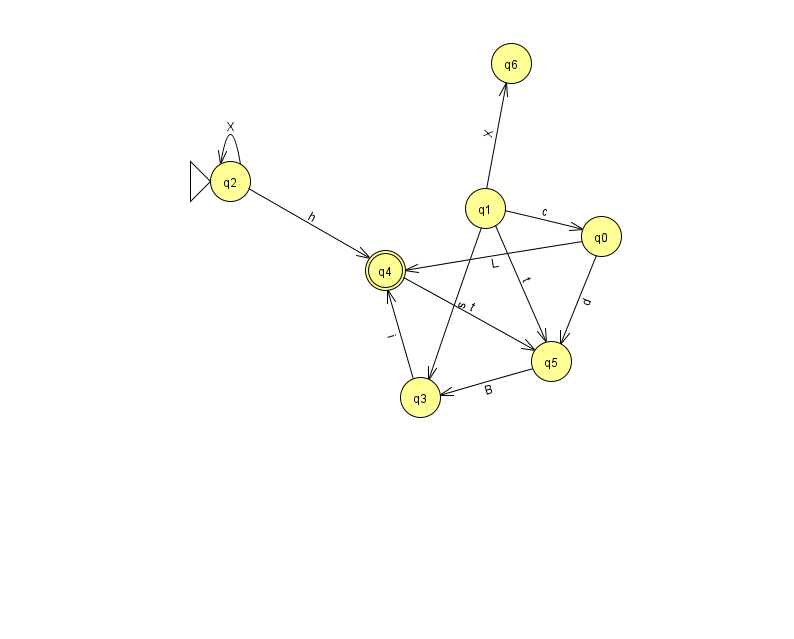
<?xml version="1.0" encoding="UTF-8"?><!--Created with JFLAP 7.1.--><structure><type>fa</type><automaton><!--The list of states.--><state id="0" name="q0"><x>601.0</x><y>223.0</y></state><state id="1" name="q1"><x>485.0</x><y>195.0</y></state><state id="2" name="q2"><x>230.0</x><y>168.0</y><initial/></state><state id="3" name="q3"><x>420.0</x><y>384.0</y></state><state id="4" name="q4"><x>385.0</x><y>257.0</y><final/></state><state id="5" name="q5"><x>551.0</x><y>348.0</y></state><state id="6" name="q6"><x>511.0</x><y>50.0</y></state><!--The list of transitions.--><transition><from>1</from><to>6</to><read>X</read></transition><transition><from>5</from><to>3</to><read>B</read></transition><transition><from>3</from><to>4</to><read>i</read></transition><transition><from>1</from><to>0</to><read>c</read></transition><transition><from>2</from><to>2</to><read>X</read></transition><transition><from>0</from><to>5</to><read>d</read></transition><transition><from>0</from><to>4</to><read>L</read></transition><transition><from>4</from><to>5</to><read>t</read></transition><transition><from>1</from><to>5</to><read>t</read></transition><transition><from>1</from><to>3</to><read>s</read></transition><transition><from>2</from><to>4</to><read>h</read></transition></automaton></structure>